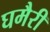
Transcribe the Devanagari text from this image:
घमैरी